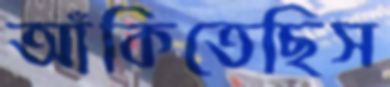
আঁকিতেছিস